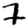
Digit: 7